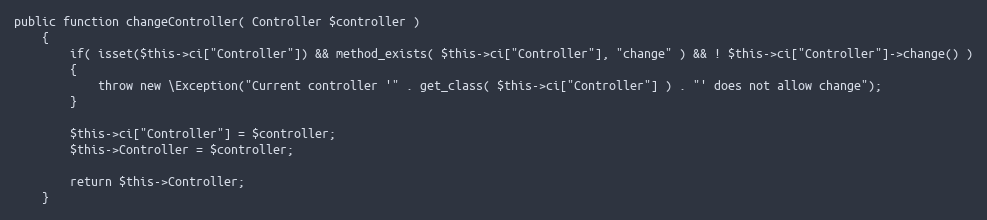
Language: PHP
public function changeController( Controller $controller )
	{
		if( isset($this->ci["Controller"]) && method_exists( $this->ci["Controller"], "change" ) && ! $this->ci["Controller"]->change() )
		{
			throw new \Exception("Current controller '" . get_class( $this->ci["Controller"] ) . "' does not allow change");
		}

		$this->ci["Controller"] = $controller;
		$this->Controller = $controller;

		return $this->Controller;
	}